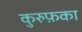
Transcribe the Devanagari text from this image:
कुरुफ़का